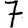
Digit: 7